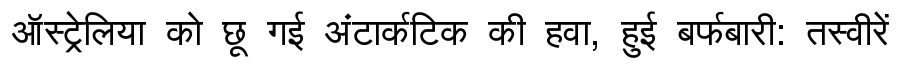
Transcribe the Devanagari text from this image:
ऑस्ट्रेलिया को छू गई अंटार्कटिक की हवा, हुई बर्फबारी: तस्वीरें